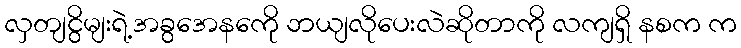
လှတျငွိမျးရဲ့အခွအေနကေို ဘယျလိုပေးလဲဆိုတာကို လကျရှိ နစက က